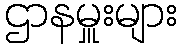
ဌာနမှူးများ